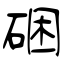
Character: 硱